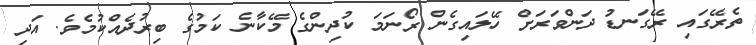
ތެރޭގައި ރޭގަނޑު ދަންވަރަށް ހޭލައިގެން ރޯނަމަ ކުދިންގެ މޭކާނެ ކަމުގެ ބިރުދެއްކުމެވެ. އަދި